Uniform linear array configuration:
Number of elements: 12
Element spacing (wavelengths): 1
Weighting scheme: exponential
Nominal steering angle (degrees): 30
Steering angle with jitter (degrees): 29.55
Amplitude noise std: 0.05
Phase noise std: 0.05

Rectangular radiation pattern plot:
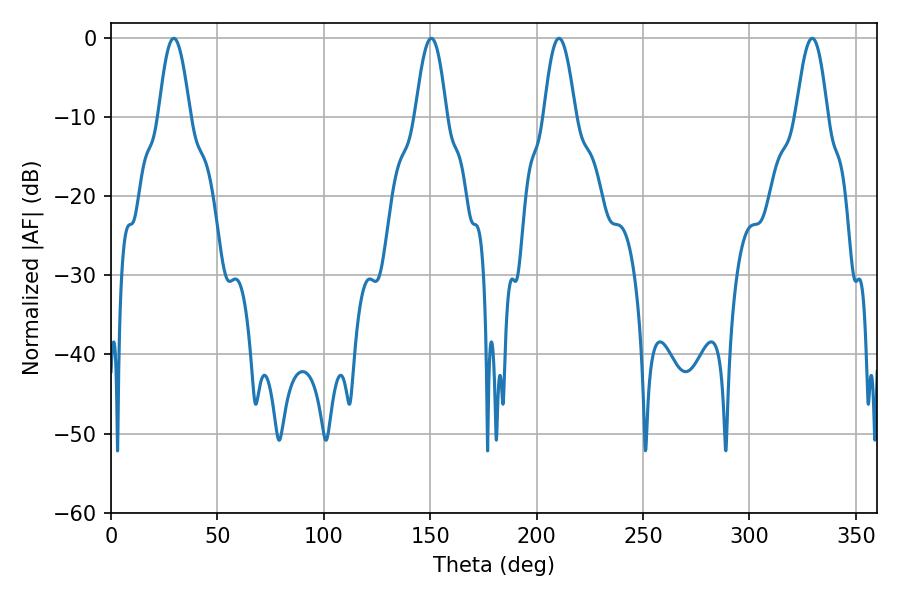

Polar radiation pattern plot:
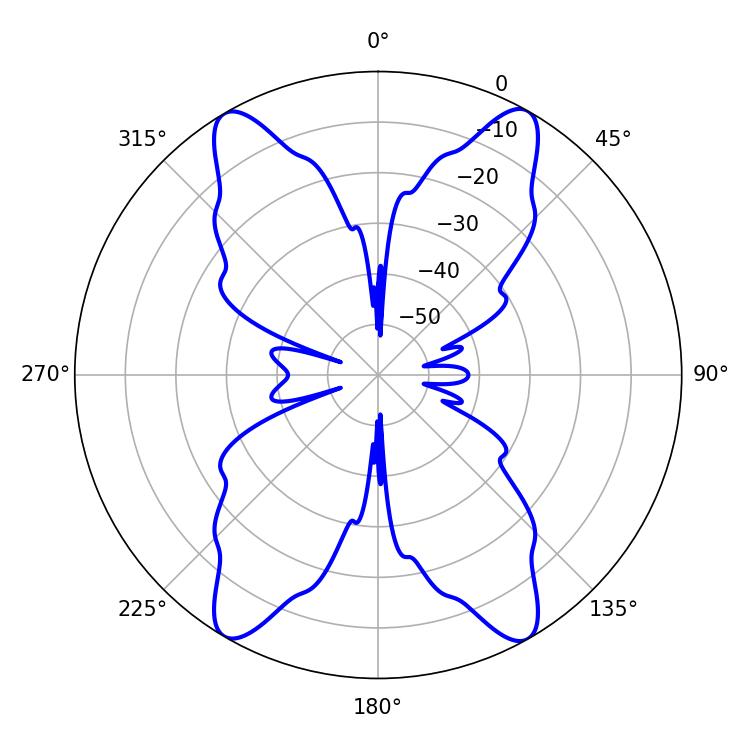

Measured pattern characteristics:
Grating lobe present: TRUE
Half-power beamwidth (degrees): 7.92
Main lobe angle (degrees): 29.52